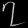
Digit: ၇